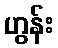
ဟွန်း